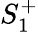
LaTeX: S_{1}^{+}